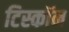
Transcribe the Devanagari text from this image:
टिस्कॉन